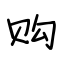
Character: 购